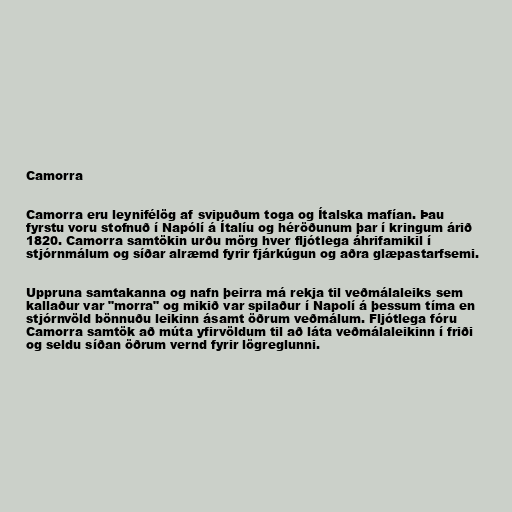
Camorra

Camorra eru leynifélög af svipuðum toga og Ítalska mafían. Þau
fyrstu voru stofnuð í Napólí á Ítalíu og héröðunum þar í kringum árið
1820. Camorra samtökin urðu mörg hver fljótlega áhrifamikil í
stjórnmálum og síðar alræmd fyrir fjárkúgun og aðra glæpastarfsemi.

Uppruna samtakanna og nafn þeirra má rekja til veðmálaleiks sem
kallaður var "morra" og mikið var spilaður í Napolí á þessum tíma en
stjórnvöld bönnuðu leikinn ásamt öðrum veðmálum. Fljótlega fóru
Camorra samtök að múta yfirvöldum til að láta veðmálaleikinn í friði
og seldu síðan öðrum vernd fyrir lögreglunni.